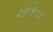
એકિવટ